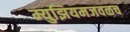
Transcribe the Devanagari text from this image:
म्युझियमजवळच